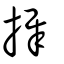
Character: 摨